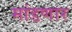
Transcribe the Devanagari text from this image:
मांडणार